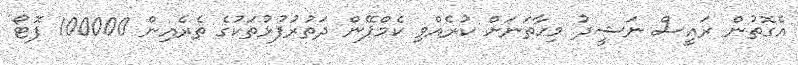
އެގޮތުން ރައީސް ނަޝީދު މިހާތަނަށް ކުރެއްވި ކެމްޕޭން ދަތުރުފުޅުތަކުގެ ތެރެއިން 100000 ފޮޓޯ